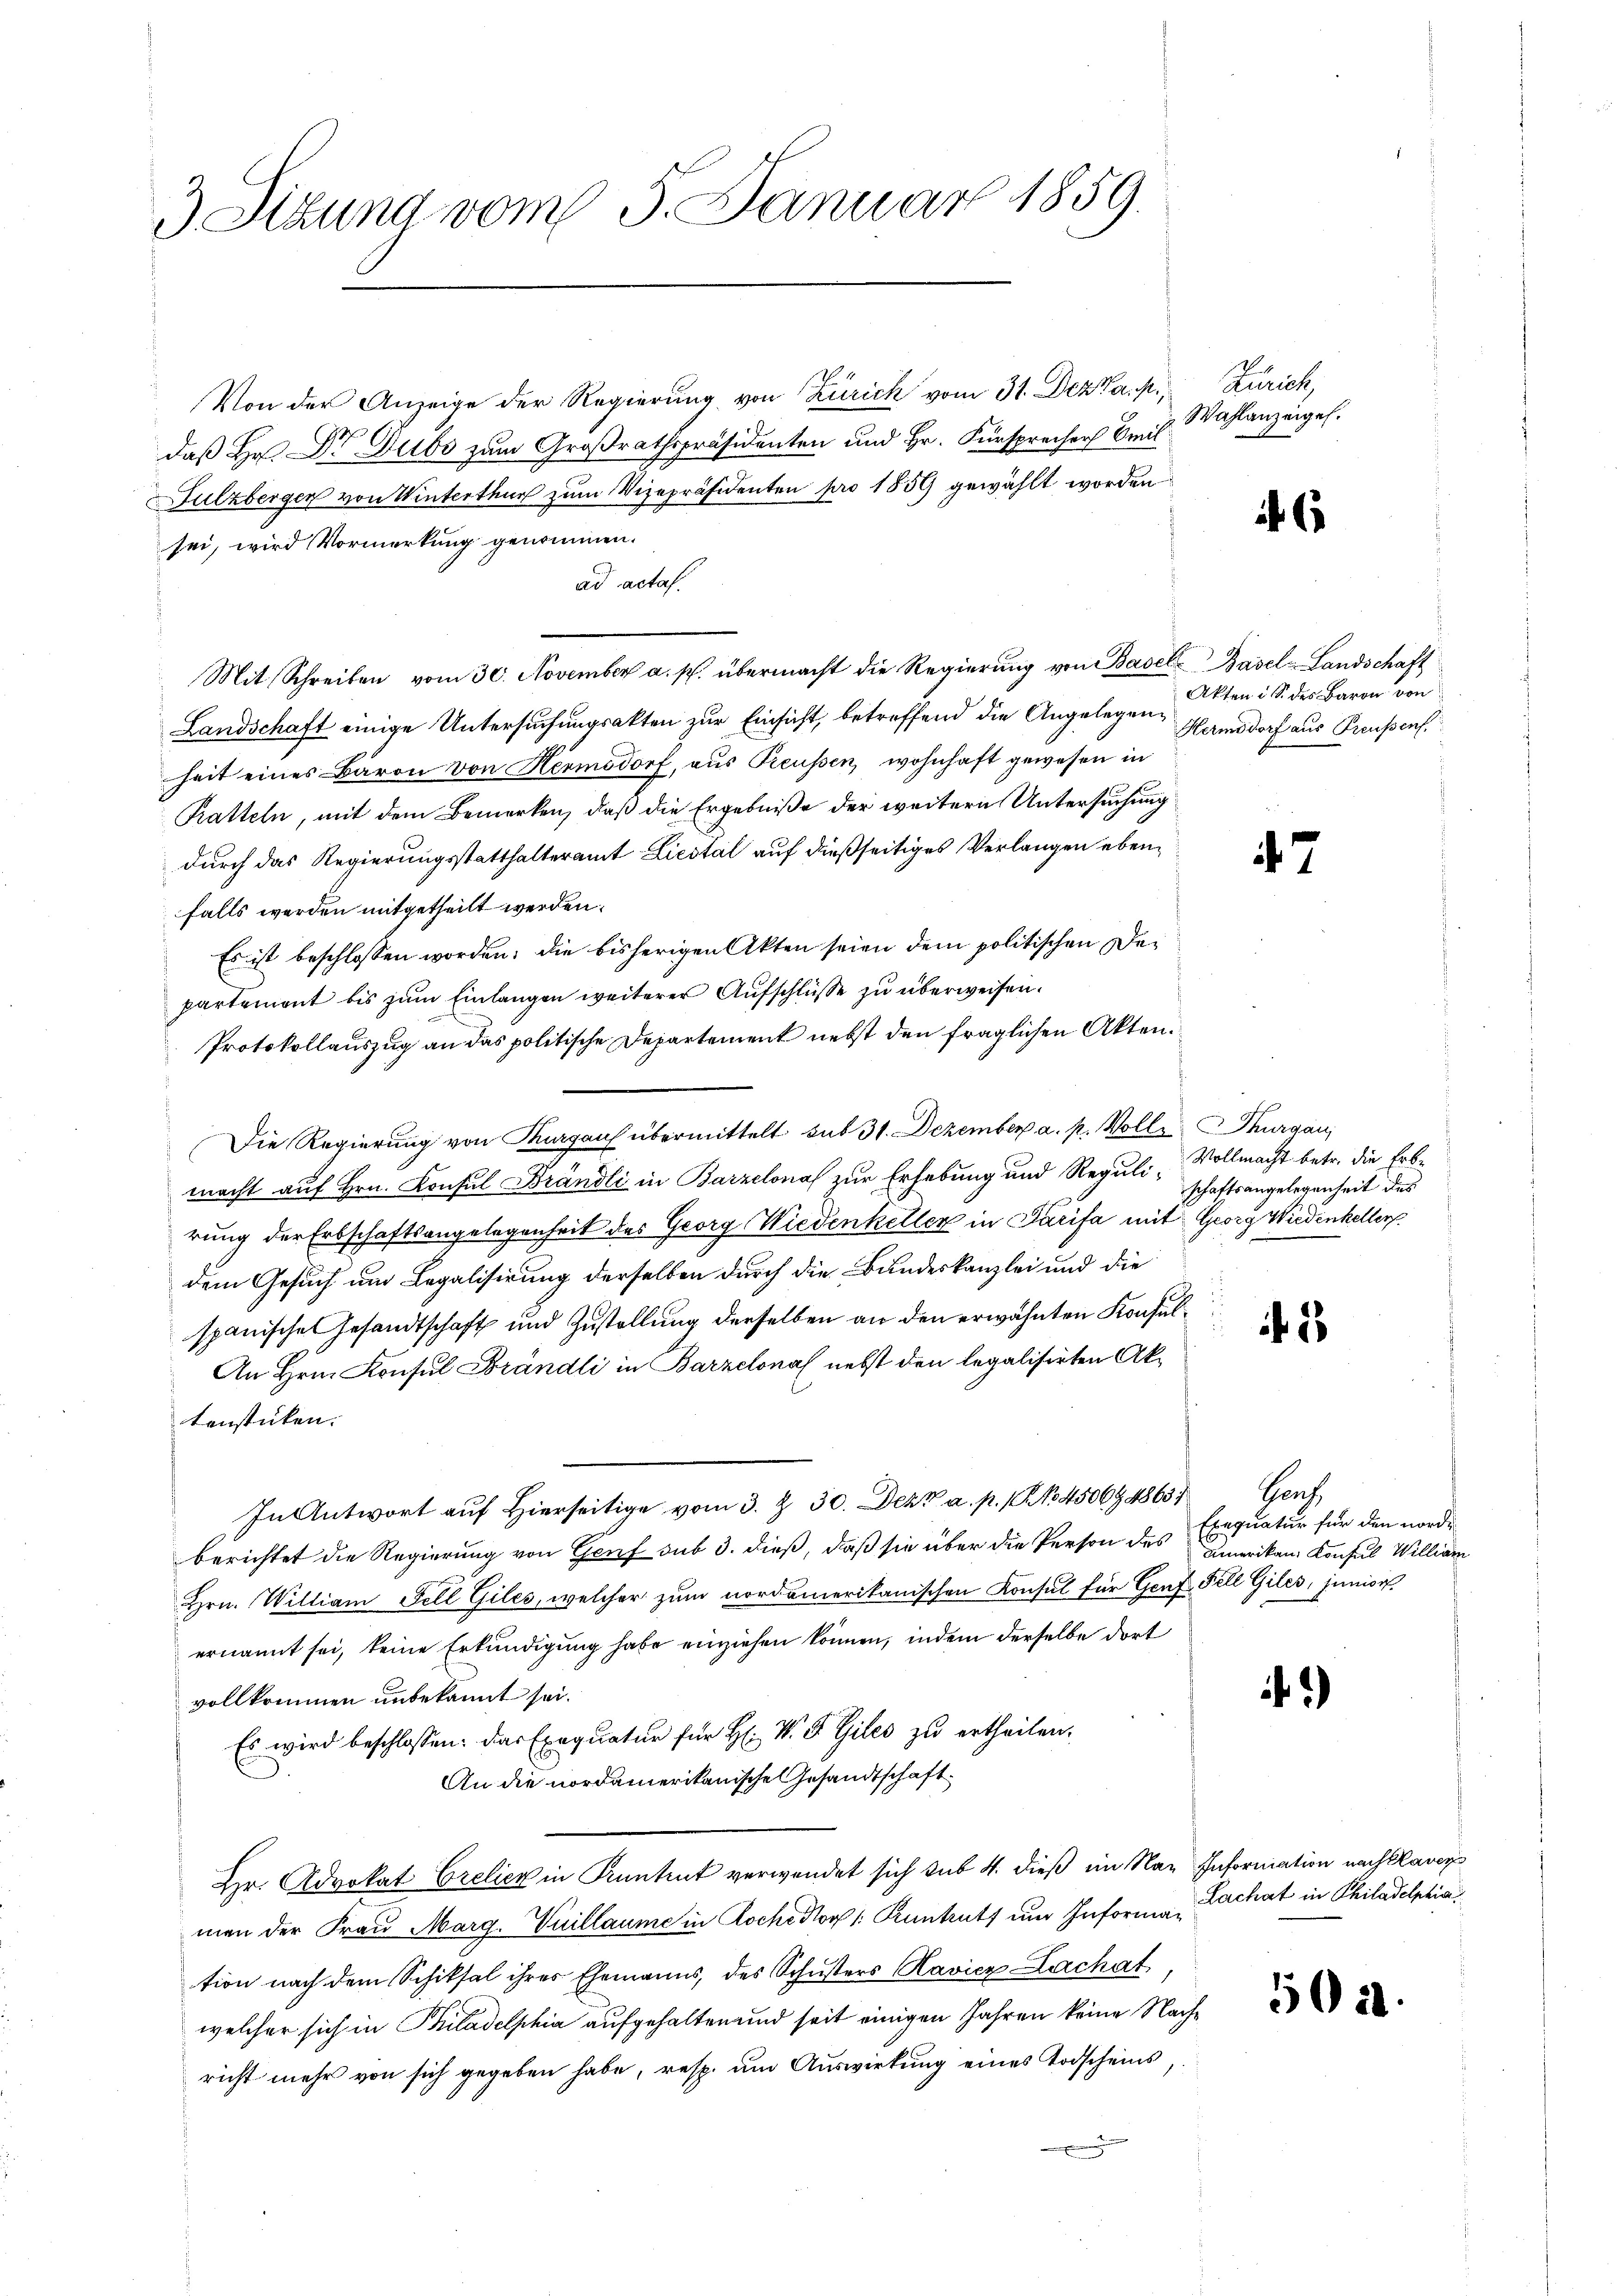
3 Sizung vom 5. Januar 1859.

Von der Anzeige der Regierung von Zürich vom 31. Dez a. p.,
daß Hr. Dr. Dubs zum Großrathspräsidenten und Hr. Fürsprecher Emil
Sulzbergen von Winterthur zum Vizepräsidenten pro 1859 gewählt worden
sei, wird Vormerkung genommen.
ad acta.
Mit Schreiben vom 30. November a. p. übermacht die Regierŭng von Basel Basel-Landschaft
Landschaft einige Untersuchungsakten zur Einsicht, betreffend die Angelegen Hamsdorf aus Preußens
heit eines Baron von Hermsdorf, aus Preussen, wohnhaft gewesen in
Ratteln, mit dem Bemerken, daß die Ergebniße der weitern Untersuchung
durch das Regierungsstatthalteramt Liestal auf dießseitiges Verlangen ebenfalls werden mitgetheilt werden.
Es ist beschlossen worden; die bisherigen Akten seien dem politischen Departemont bis zum Einlangen weiterer Aufschlüsse zu überweisen.
Protokollauszug an das politische Departement nebst den fraglichen Akten.
Die Regierung von Thurgau übermittelt sub 31. Dezember a. p. Volle Thurgau,
macht auf Hrn. Konsul Brändli in Barzelona zur Erhebung und Reguli-
rung der Erbschaftsangelegenheit des Georg Wiedenkeller in Parisa mit Georg Wiedenkeller
dem Gesuch um Legalisirung derselben durch die Bundeskanzlei und die
spanische Gesandtschaft und Zustellung derselben an den erwähnten Konsul¬
An Hrn. Konsul Brändli in Barzelonal nebst den legalisirten Aktenstücken.
In Antwort auf Hierseitige vom 3. & 30. Dezt a. p. 1. No 450694863/
berichtet die Regierung von Genf sub 3. dieß, daß sie über die Person des Amerikan Konsul William
Hrn. William Fell Giles, welcher zum nordamerikanischen Konsul für Genf Fell Giles, junior.
ernannt sei, keine Erkundigung habe einziehen können, indem derselbe dort
vollkommen unbekannt sei.
Es wird beschlossen: das Exequatur für H. V. P. Giles zŭ ertheilen.
An die nordamerikanische Gesandtschaft
Hr. Advokat Crelich in Kantent verwendet sich sub 4. dieß im Naz Information nach Kaver
men der Frau Marg. Vuillaume in Roche dov /: Runtruth um Informa Zachat in Philadelphia
tion nach dem Schiksal ihres Ehemanns, des Schusters Ravier Lachat
welcher sich in Philadelphia aufgehalten und seit einigen Jahren keine Nachricht mehr von sich gegeben habe, resp. um Auswirkung eines Todscheins,

Zürich,
Wahlanzeigel.

6

Akten i. S. des Baron von

7

Vollmacht betr. die Erbe
schaftsangelegenheit des

2

Hauch
Exequatur für den worde

)

5011.